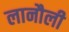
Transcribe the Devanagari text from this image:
लानौली